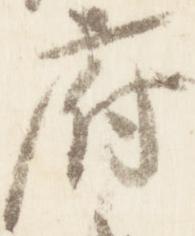
府